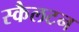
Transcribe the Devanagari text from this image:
स्कैलटन